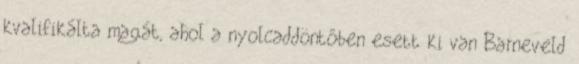
kvalifikálta magát, ahol a nyolcaddöntőben esett ki van Barneveld